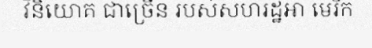
វិនិយោគ ជាច្រើន របស់សហរដ្ឋអា មេរិក